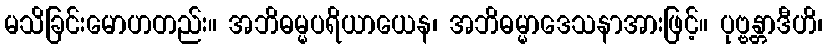
မသိခြင်းမောဟတည်း။ အဘိဓမ္မပရိယာယေန၊ အဘိဓမ္မာဒေသနာအားဖြင့်။ ပုဗ္ဗန္တာဒီဟိ၊